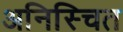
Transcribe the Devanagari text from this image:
अनिस्चित